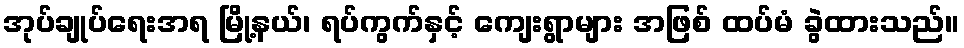
အုပ်ချုပ်ရေးအရ မြို့နယ်၊ ရပ်ကွက်နှင့် ကျေးရွာများ အဖြစ် ထပ်မံ ခွဲထားသည်။